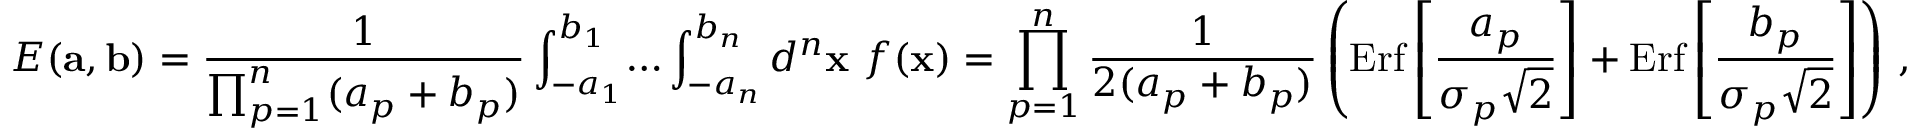
E ( { \bf a } , { \bf b } ) = { \frac { 1 } { \prod _ { p = 1 } ^ { n } ( a _ { p } + b _ { p } ) } } \int _ { - a _ { 1 } } ^ { b _ { 1 } } \! \dots \int _ { - a _ { n } } ^ { b _ { n } } d ^ { n } { \bf x } \ f ( { \bf x } ) = \prod _ { p = 1 } ^ { n } { \frac { 1 } { 2 ( a _ { p } + b _ { p } ) } } \left( \mathrm { E r f } \left[ { \frac { a _ { p } } { \sigma _ { p } \sqrt 2 } } \right] + \mathrm { E r f } \left[ { \frac { b _ { p } } { \sigma _ { p } \sqrt 2 } } \right] \right) \, ,